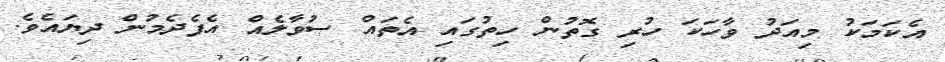
އެކަމަކު މިއަދު ވާހަކަ ހުރި ގޮތުން ހިތުގައި އެތައް ސުވާލެއް އެފެދެމުން ދިޔައެވެ.